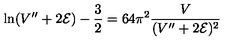
\ln ( V ^ { \prime \prime } + 2 { \cal E } ) - \frac { 3 } { 2 } = 6 4 \pi ^ { 2 } \frac { V } { ( V ^ { \prime \prime } + 2 { \cal E } ) ^ { 2 } }